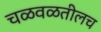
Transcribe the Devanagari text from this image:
चळवळतीलच